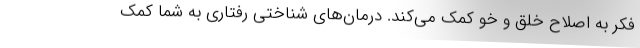
فکر به اصلاح خلق و خو کمک می‌کند. درمان‌های شناختی رفتاری به شما کمک